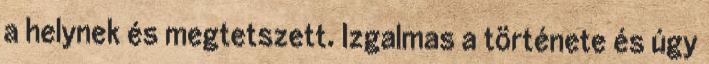
a helynek és megtetszett. Izgalmas a története és úgy